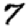
Digit: 7